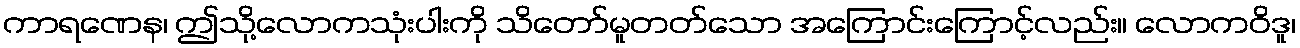
ကာရဏေန၊ ဤသို့လောကသုံးပါးကို သိတော်မူတတ်သော အကြောင်းကြောင့်လည်း။ လောကဝိဒူ၊